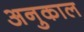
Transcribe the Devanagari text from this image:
अनुकाल